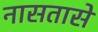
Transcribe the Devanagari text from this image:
नासतासे